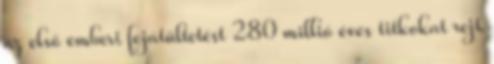
az első emberi fejátültetést 280 millió éves titkokat rejt